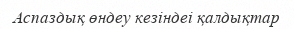
Аспаздық өндеу кезіндеі қалдықтар